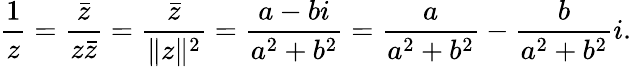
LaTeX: {\frac{1}{z}}={\frac{\bar{z}}{z{\bar{z}}}}={\frac{\bar{z}}{\| z\| ^{2}}}={\frac{a-bi}{a^{2}+b^{2}}}={\frac{a}{a^{2}+b^{2}}}-{\frac{b}{a^{2}+b^{2}}}i.